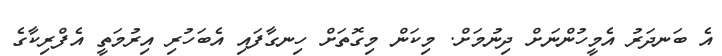
އެ ބަނދަރު އެމީހުންނަށް ދިނުމަށް. މިކަން މިގޮތަށް ހިނގާފައި އެބަހުރި އިރުމަތީ އެފްރިކާގެ